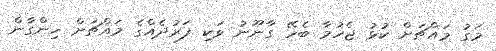
މަގު މައްޗަށް ކުޅު ޖެހުމާ ބެހޭ ގާނޫނު ވަކި ފަރުދެއްގެ މައްޗަށް ހިންގާން